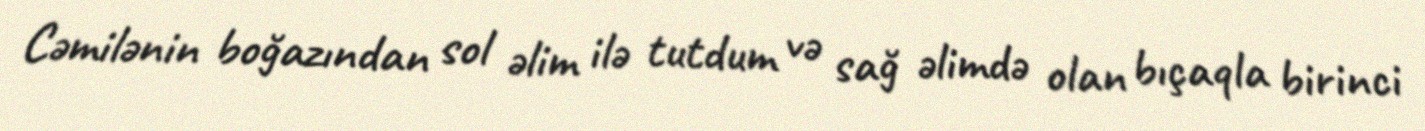
Cəmilənin boğazından sol əlim ilə tutdum və sağ əlimdə olan bıçaqla birinci